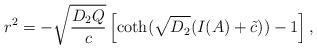
LaTeX: \begin{align*}r^2 = - \sqrt{\frac{D_2 Q}{c}} \left[ \coth ( \sqrt{D_2} (I(A) + \tilde{c}) ) -1 \right] ,\end{align*}